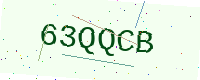
Text: 63QQCB